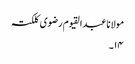
مولانا عبدالقیوم رضوی کلکتہ
۱۴۔